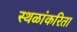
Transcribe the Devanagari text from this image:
स्थळांकरिता